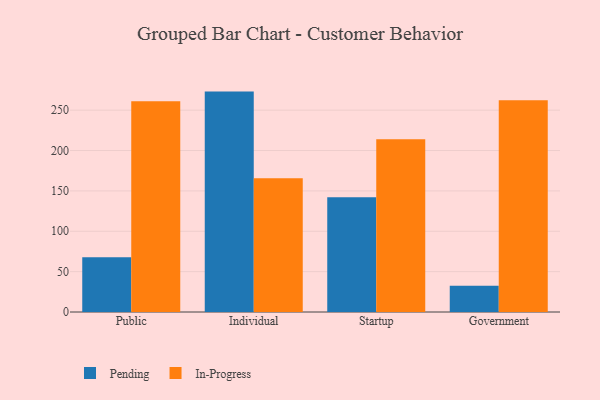
{"axis": {"x": "Segment", "y": "Shipments"}, "legend": ["In-Progress", "Pending"], "data": [{"x": "Public", "y": 67.7, "type": "Pending"}, {"x": "Public", "y": 260.9, "type": "In-Progress"}, {"x": "Individual", "y": 273.0, "type": "Pending"}, {"x": "Individual", "y": 165.6, "type": "In-Progress"}, {"x": "Startup", "y": 142.1, "type": "Pending"}, {"x": "Startup", "y": 213.9, "type": "In-Progress"}, {"x": "Government", "y": 32.6, "type": "Pending"}, {"x": "Government", "y": 262.3, "type": "In-Progress"}]}